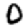
Digit: 0